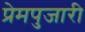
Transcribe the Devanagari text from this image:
प्रेमपुजारी